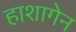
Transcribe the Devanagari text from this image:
हाशागेन